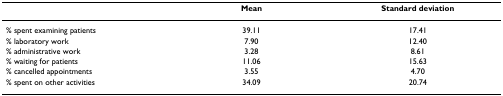
<table><thead><tr><td></td><td><b>Mean</b></td><td><b>Standard deviation</b></td></tr></thead><tbody><tr><td>% spent examining patients</td><td>39.11</td><td>17.41</td></tr><tr><td>% laboratory work</td><td>7.90</td><td>12.40</td></tr><tr><td>% administrative work</td><td>3.28</td><td>8.61</td></tr><tr><td>% waiting for patients</td><td>11.06</td><td>15.63</td></tr><tr><td>% cancelled appointments</td><td>3.55</td><td>4.70</td></tr><tr><td>% spent on other activities</td><td>34.09</td><td>20.74</td></tr></tbody></table>